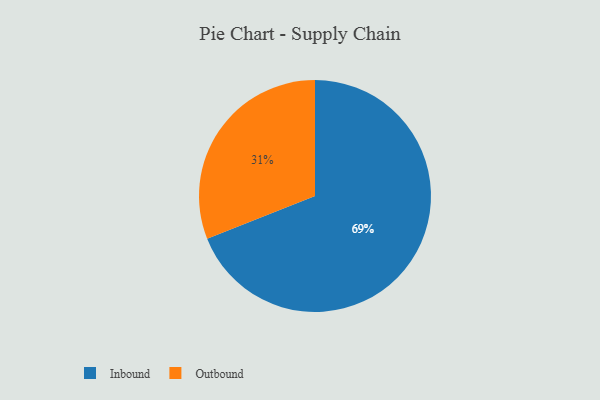
{"axis": {"x": "Category", "y": "Percentage"}, "legend": ["Inbound", "Outbound"], "data": [{"x": "Outbound", "y": 31, "type": "Outbound"}, {"x": "Inbound", "y": 69, "type": "Inbound"}]}